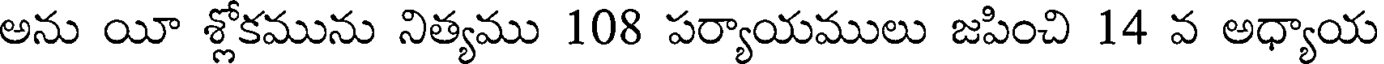
అను యీ శ్లోకమును నిత్యము 108 పర్యాయములు జపించి 14 వ అధ్యాయ